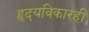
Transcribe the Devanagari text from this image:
हृदयविकारही